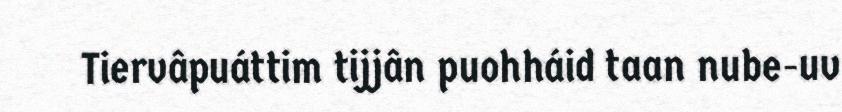
Tiervâpuáttim tijjân puohháid taan nube-uv